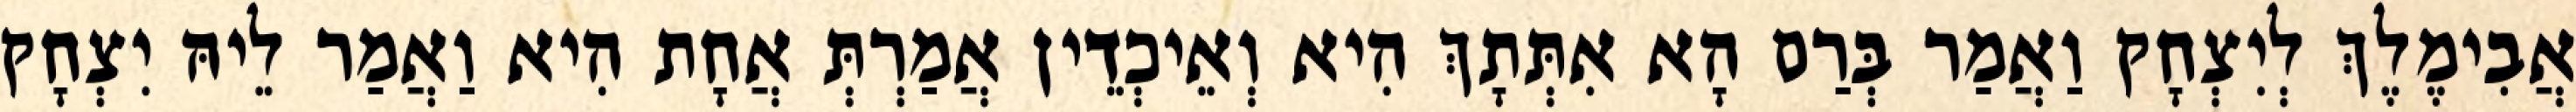
אֲבִימֶלֶךְ לְיִצְחָק וַאֲמַר בְּרַם הָא אִתְּתָךְ הִיא וְאֵיכְדֵין אֲמַרְתְּ אֲחָת הִיא וַאֲמַר לֵיהּ יִצְחָק